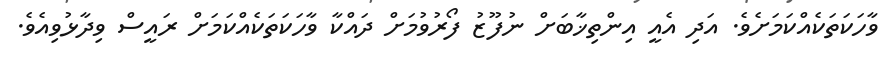
ވާހަކަތަކެއްކަމަށެވެ. އަދި އެއީ އިންތިޚާބަށް ނުފޫޒު ފޯރުވުމަށް ދައްކާ ވާހަކަތަކެއްކަމަށް ރައީސް ވިދާޅުވިއެވެ.